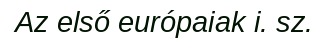
Az első európaiak i. sz.